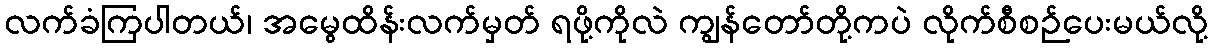
လက်ခံကြပါတယ်၊ အမွေထိန်းလက်မှတ် ရဖို့ကိုလဲ ကျွန်တော်တို့ကပဲ လိုက်စီစဉ်ပေးမယ်လို့